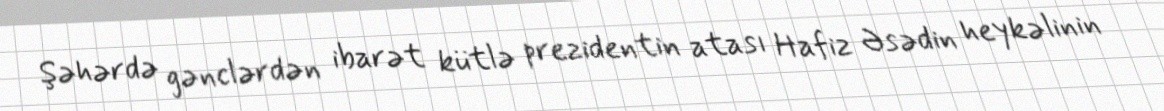
Şəhərdə gənclərdən ibarət kütlə prezidentin atası Hafiz Əsədin heykəlinin